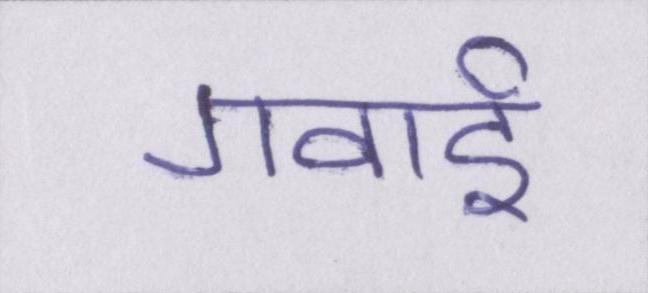
गवाई